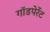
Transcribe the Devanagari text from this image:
गॉडपेरेंट